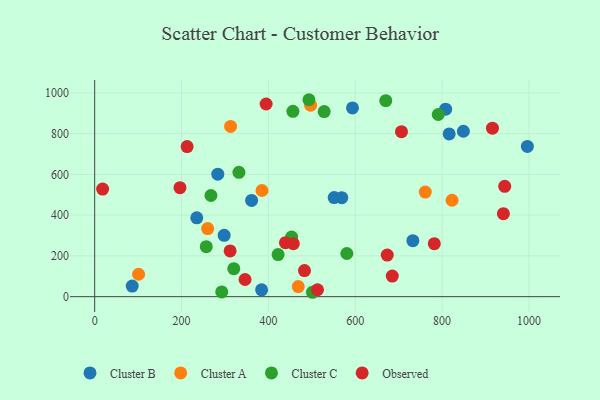
{"axis": {"x": "Price", "y": "Exam Score"}, "legend": ["Cluster A", "Cluster B", "Cluster C", "Observed"], "data": [{"x": "235.1", "y": 386.9, "type": "Cluster B"}, {"x": "996.4", "y": 737.1, "type": "Cluster B"}, {"x": "593.7", "y": 926.3, "type": "Cluster B"}, {"x": "298.2", "y": 301.1, "type": "Cluster B"}, {"x": "86.4", "y": 51.9, "type": "Cluster B"}, {"x": "569.0", "y": 485.7, "type": "Cluster B"}, {"x": "384.4", "y": 33.5, "type": "Cluster B"}, {"x": "849.0", "y": 811.7, "type": "Cluster B"}, {"x": "283.5", "y": 601.0, "type": "Cluster B"}, {"x": "361.4", "y": 472.0, "type": "Cluster B"}, {"x": "816.3", "y": 798.7, "type": "Cluster B"}, {"x": "732.7", "y": 274.7, "type": "Cluster B"}, {"x": "808.2", "y": 920.0, "type": "Cluster B"}, {"x": "551.5", "y": 486.1, "type": "Cluster B"}, {"x": "385.3", "y": 521.0, "type": "Cluster A"}, {"x": "313.0", "y": 835.4, "type": "Cluster A"}, {"x": "260.2", "y": 334.3, "type": "Cluster A"}, {"x": "823.0", "y": 473.0, "type": "Cluster A"}, {"x": "468.8", "y": 49.6, "type": "Cluster A"}, {"x": "761.3", "y": 513.2, "type": "Cluster A"}, {"x": "497.3", "y": 939.2, "type": "Cluster A"}, {"x": "101.1", "y": 110.0, "type": "Cluster A"}, {"x": "580.7", "y": 211.8, "type": "Cluster C"}, {"x": "501.5", "y": 21.5, "type": "Cluster C"}, {"x": "292.6", "y": 23.2, "type": "Cluster C"}, {"x": "456.5", "y": 909.3, "type": "Cluster C"}, {"x": "791.1", "y": 893.9, "type": "Cluster C"}, {"x": "256.9", "y": 245.5, "type": "Cluster C"}, {"x": "422.3", "y": 206.4, "type": "Cluster C"}, {"x": "528.5", "y": 908.3, "type": "Cluster C"}, {"x": "493.4", "y": 966.4, "type": "Cluster C"}, {"x": "320.3", "y": 137.4, "type": "Cluster C"}, {"x": "453.5", "y": 292.2, "type": "Cluster C"}, {"x": "332.2", "y": 610.0, "type": "Cluster C"}, {"x": "267.7", "y": 496.4, "type": "Cluster C"}, {"x": "670.3", "y": 961.9, "type": "Cluster C"}, {"x": "483.1", "y": 128.1, "type": "Observed"}, {"x": "394.8", "y": 945.4, "type": "Observed"}, {"x": "457.4", "y": 259.9, "type": "Observed"}, {"x": "944.2", "y": 541.5, "type": "Observed"}, {"x": "18.3", "y": 527.8, "type": "Observed"}, {"x": "782.1", "y": 259.9, "type": "Observed"}, {"x": "212.9", "y": 736.4, "type": "Observed"}, {"x": "196.4", "y": 534.8, "type": "Observed"}, {"x": "673.7", "y": 204.2, "type": "Observed"}, {"x": "513.1", "y": 34.0, "type": "Observed"}, {"x": "311.9", "y": 224.2, "type": "Observed"}, {"x": "916.0", "y": 826.9, "type": "Observed"}, {"x": "706.5", "y": 809.7, "type": "Observed"}, {"x": "439.3", "y": 264.8, "type": "Observed"}, {"x": "941.2", "y": 407.2, "type": "Observed"}, {"x": "346.3", "y": 84.1, "type": "Observed"}, {"x": "685.3", "y": 101.2, "type": "Observed"}]}